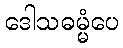
ဒေါသဓမ္မံပေ